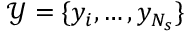
\mathcal { Y } = \{ y _ { i } , \ldots , y _ { N _ { s } } \}